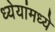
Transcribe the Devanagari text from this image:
ध्येयांमध्ये